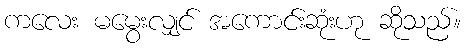
ကလေး မမွေးလျှင် အကောင်းဆုံးဟု ဆိုသည်။